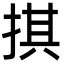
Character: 掑